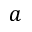
a